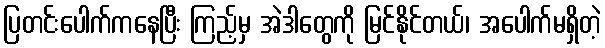
ပြတင်းပေါက်ကနေပြီး ကြည့်မှ အဲဒါတွေကို မြင်နိုင်တယ်၊ အပေါက်မရှိတဲ့